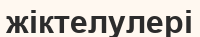
жіктелулері